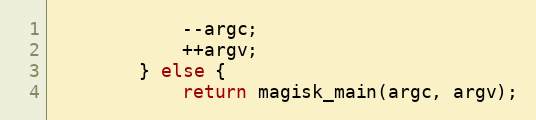
Language: C++
            --argc;
            ++argv;
        } else {
            return magisk_main(argc, argv);